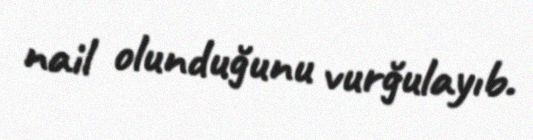
nail olunduğunu vurğulayıb.